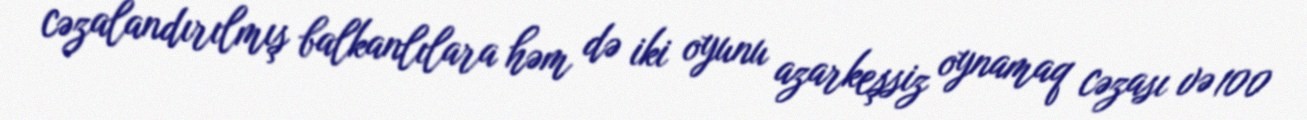
cəzalandırılmış balkanlılara həm də iki oyunu azarkeşsiz oynamaq cəzası və 100